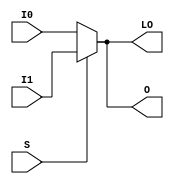
module MUXF5_D (LO, O, I0, I1, S);

    output LO, O;
    reg    O, LO;

    input  I0, I1, S;

	always @(I0 or I1 or S) 
	    if (S) begin
		O = I1;
		LO = I1;
            end
	    else begin
		O = I0;
		LO = I0;
	    end
endmodule